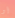
أو